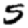
Digit: 5